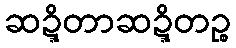
ဆဍ္ဍိတာဆဍ္ဍိတဉ္စ